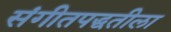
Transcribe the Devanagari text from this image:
संगीतपद्धतीला